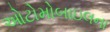
ઓટોમોબાઇલના